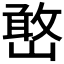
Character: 𫶔